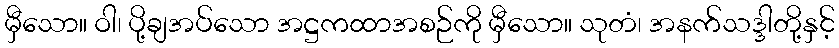
မှီသော။ ဝါ၊ ပို့ချအပ်သော အဋ္ဌကထာအစဉ်ကို မှီသော။ သုတံ၊ အနက်သဒ္ဒါတို့နှင့်